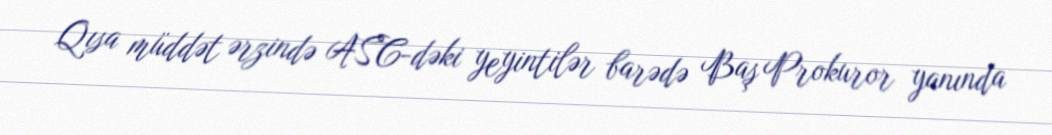
Qısa müddət ərzində ASC-dəki yeyintilər barədə Baş Prokuror yanında